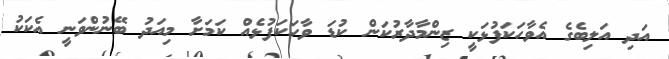
އަދި އަލިބެގެ އެވާހަކަފުޅަކީ ޒިންމާދާރުކަން ކުޑަ ވާހަކަފުޅެއް ކަމަށާ މިއަދު ބޭނުންވަނީ އެކަކު